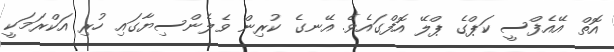
އޮތް އޭއެފްސީ ކަޕްގެ ޕްލޭ އޮފްގައެވެ. އޭނގެ ކުރިން ވެލެންސިޔާގައި ހުރި އަކްރަމަކީ